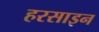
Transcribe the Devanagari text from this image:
हरसाइन